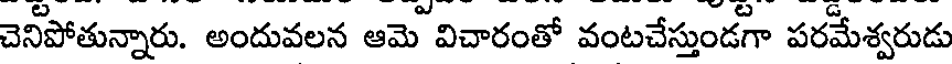
చెనీపోతున్నారు. అందువలన ఆమె విచారంతో వంటచేస్తుండగా పరమేశ్వరుడు